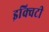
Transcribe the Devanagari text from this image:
इक्‍विटी